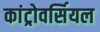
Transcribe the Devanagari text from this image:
कांट्रोवर्सियल